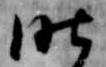
昨